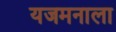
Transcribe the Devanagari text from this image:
यजमनाला